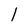
Character: l